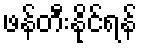
ဖန်တီးနိုင်ရန်